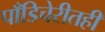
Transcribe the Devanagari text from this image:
पाँडिचेरीतही